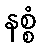
နစ္စံ